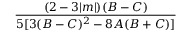
\frac { ( 2 - 3 | m | ) ( B - C ) } { 5 [ 3 ( B - C ) ^ { 2 } - 8 A ( B + C ) ] }